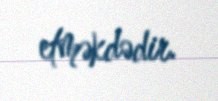
etməkdədir.